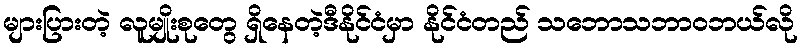
များပြားတဲ့ လူမျိုးစုတွေ ရှိနေတဲ့ဒီနိုင်ငံမှာ နိုင်ငံတည် သဘောသဘာဝဘယ်လို